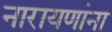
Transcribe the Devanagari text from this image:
नारायणांना